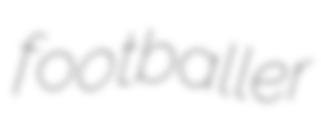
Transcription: footballer